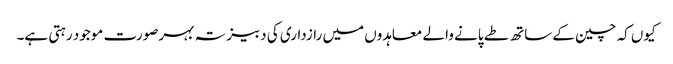
کیوں کہ چین کے ساتھ طے پانے والے معاہدوں میں رازداری کی دبیز تہ بہرصورت موجود رہتی ہے۔